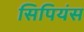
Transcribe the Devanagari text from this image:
सिपियंस